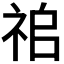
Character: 𥙢